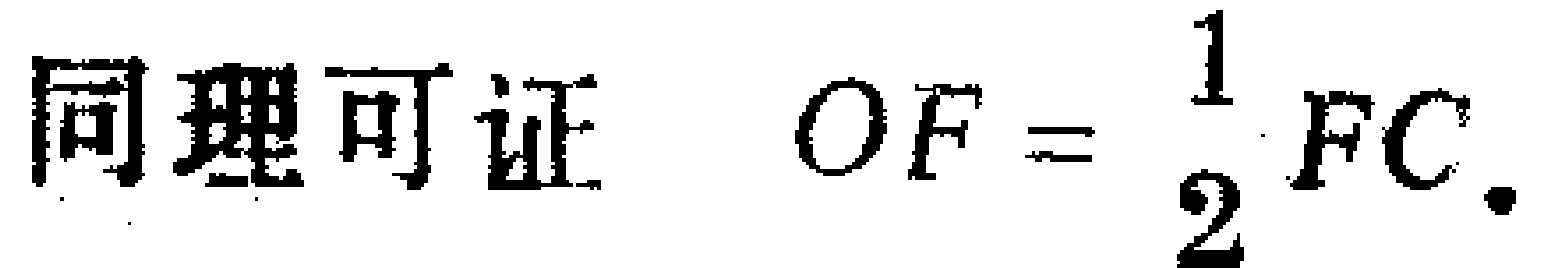
同理可证 \(OF = \dfrac{1}{2}FC.\)